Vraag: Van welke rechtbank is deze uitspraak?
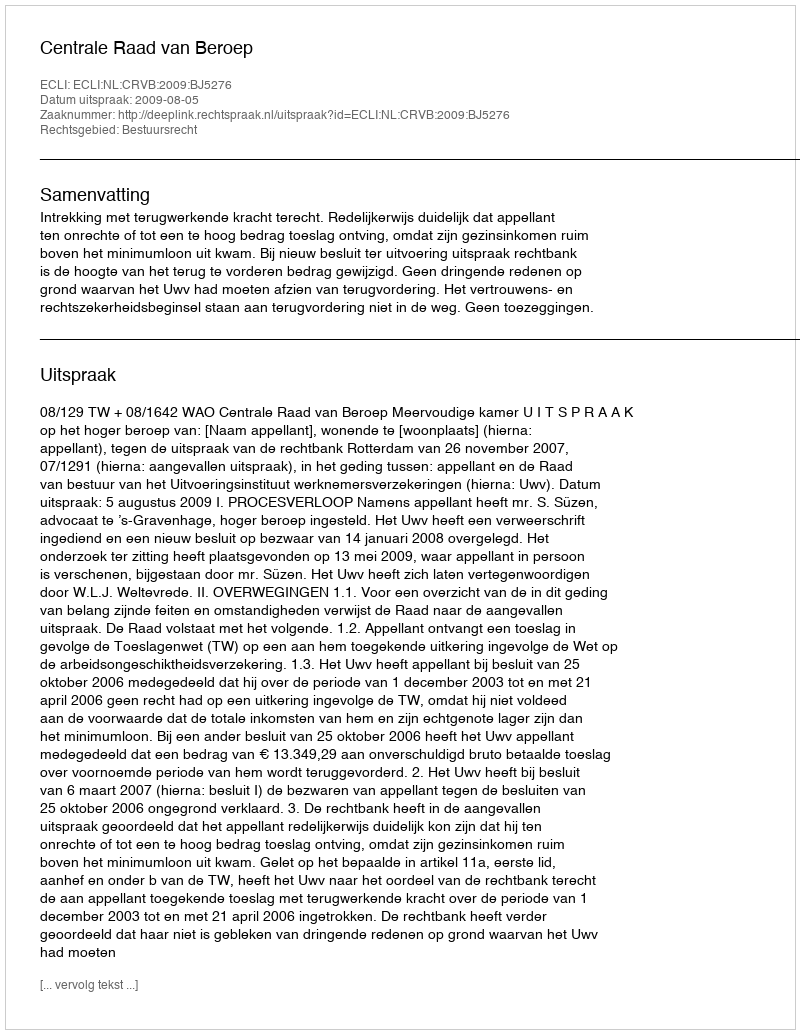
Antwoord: Centrale Raad van Beroep